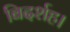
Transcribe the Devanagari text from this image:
बिदर्शह।